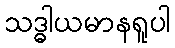
သဒ္ဓါယမာနရူပါ